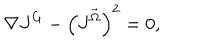
\nabla J ^ { G } - \left( J ^ { \vec { \Omega } } \right) ^ { 2 } = 0 ,